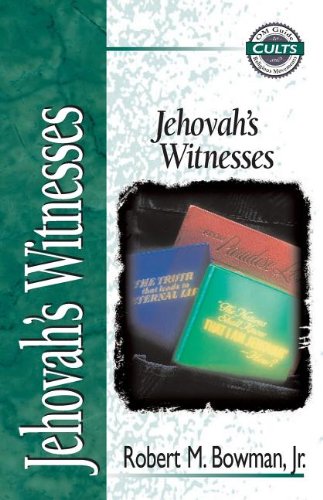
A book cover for Jehovah's Witnesses; Robert M. Bowman Jr.; Christian Books & Bibles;